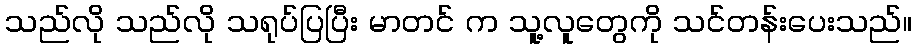
သည်လို သည်လို သရုပ်ပြပြီး မာတင် က သူ့လူတွေကို သင်တန်းပေးသည်။